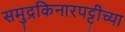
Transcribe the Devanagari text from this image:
समुद्रकिनारपट्टीच्या